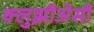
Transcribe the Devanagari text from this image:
क्लुझीअेसी